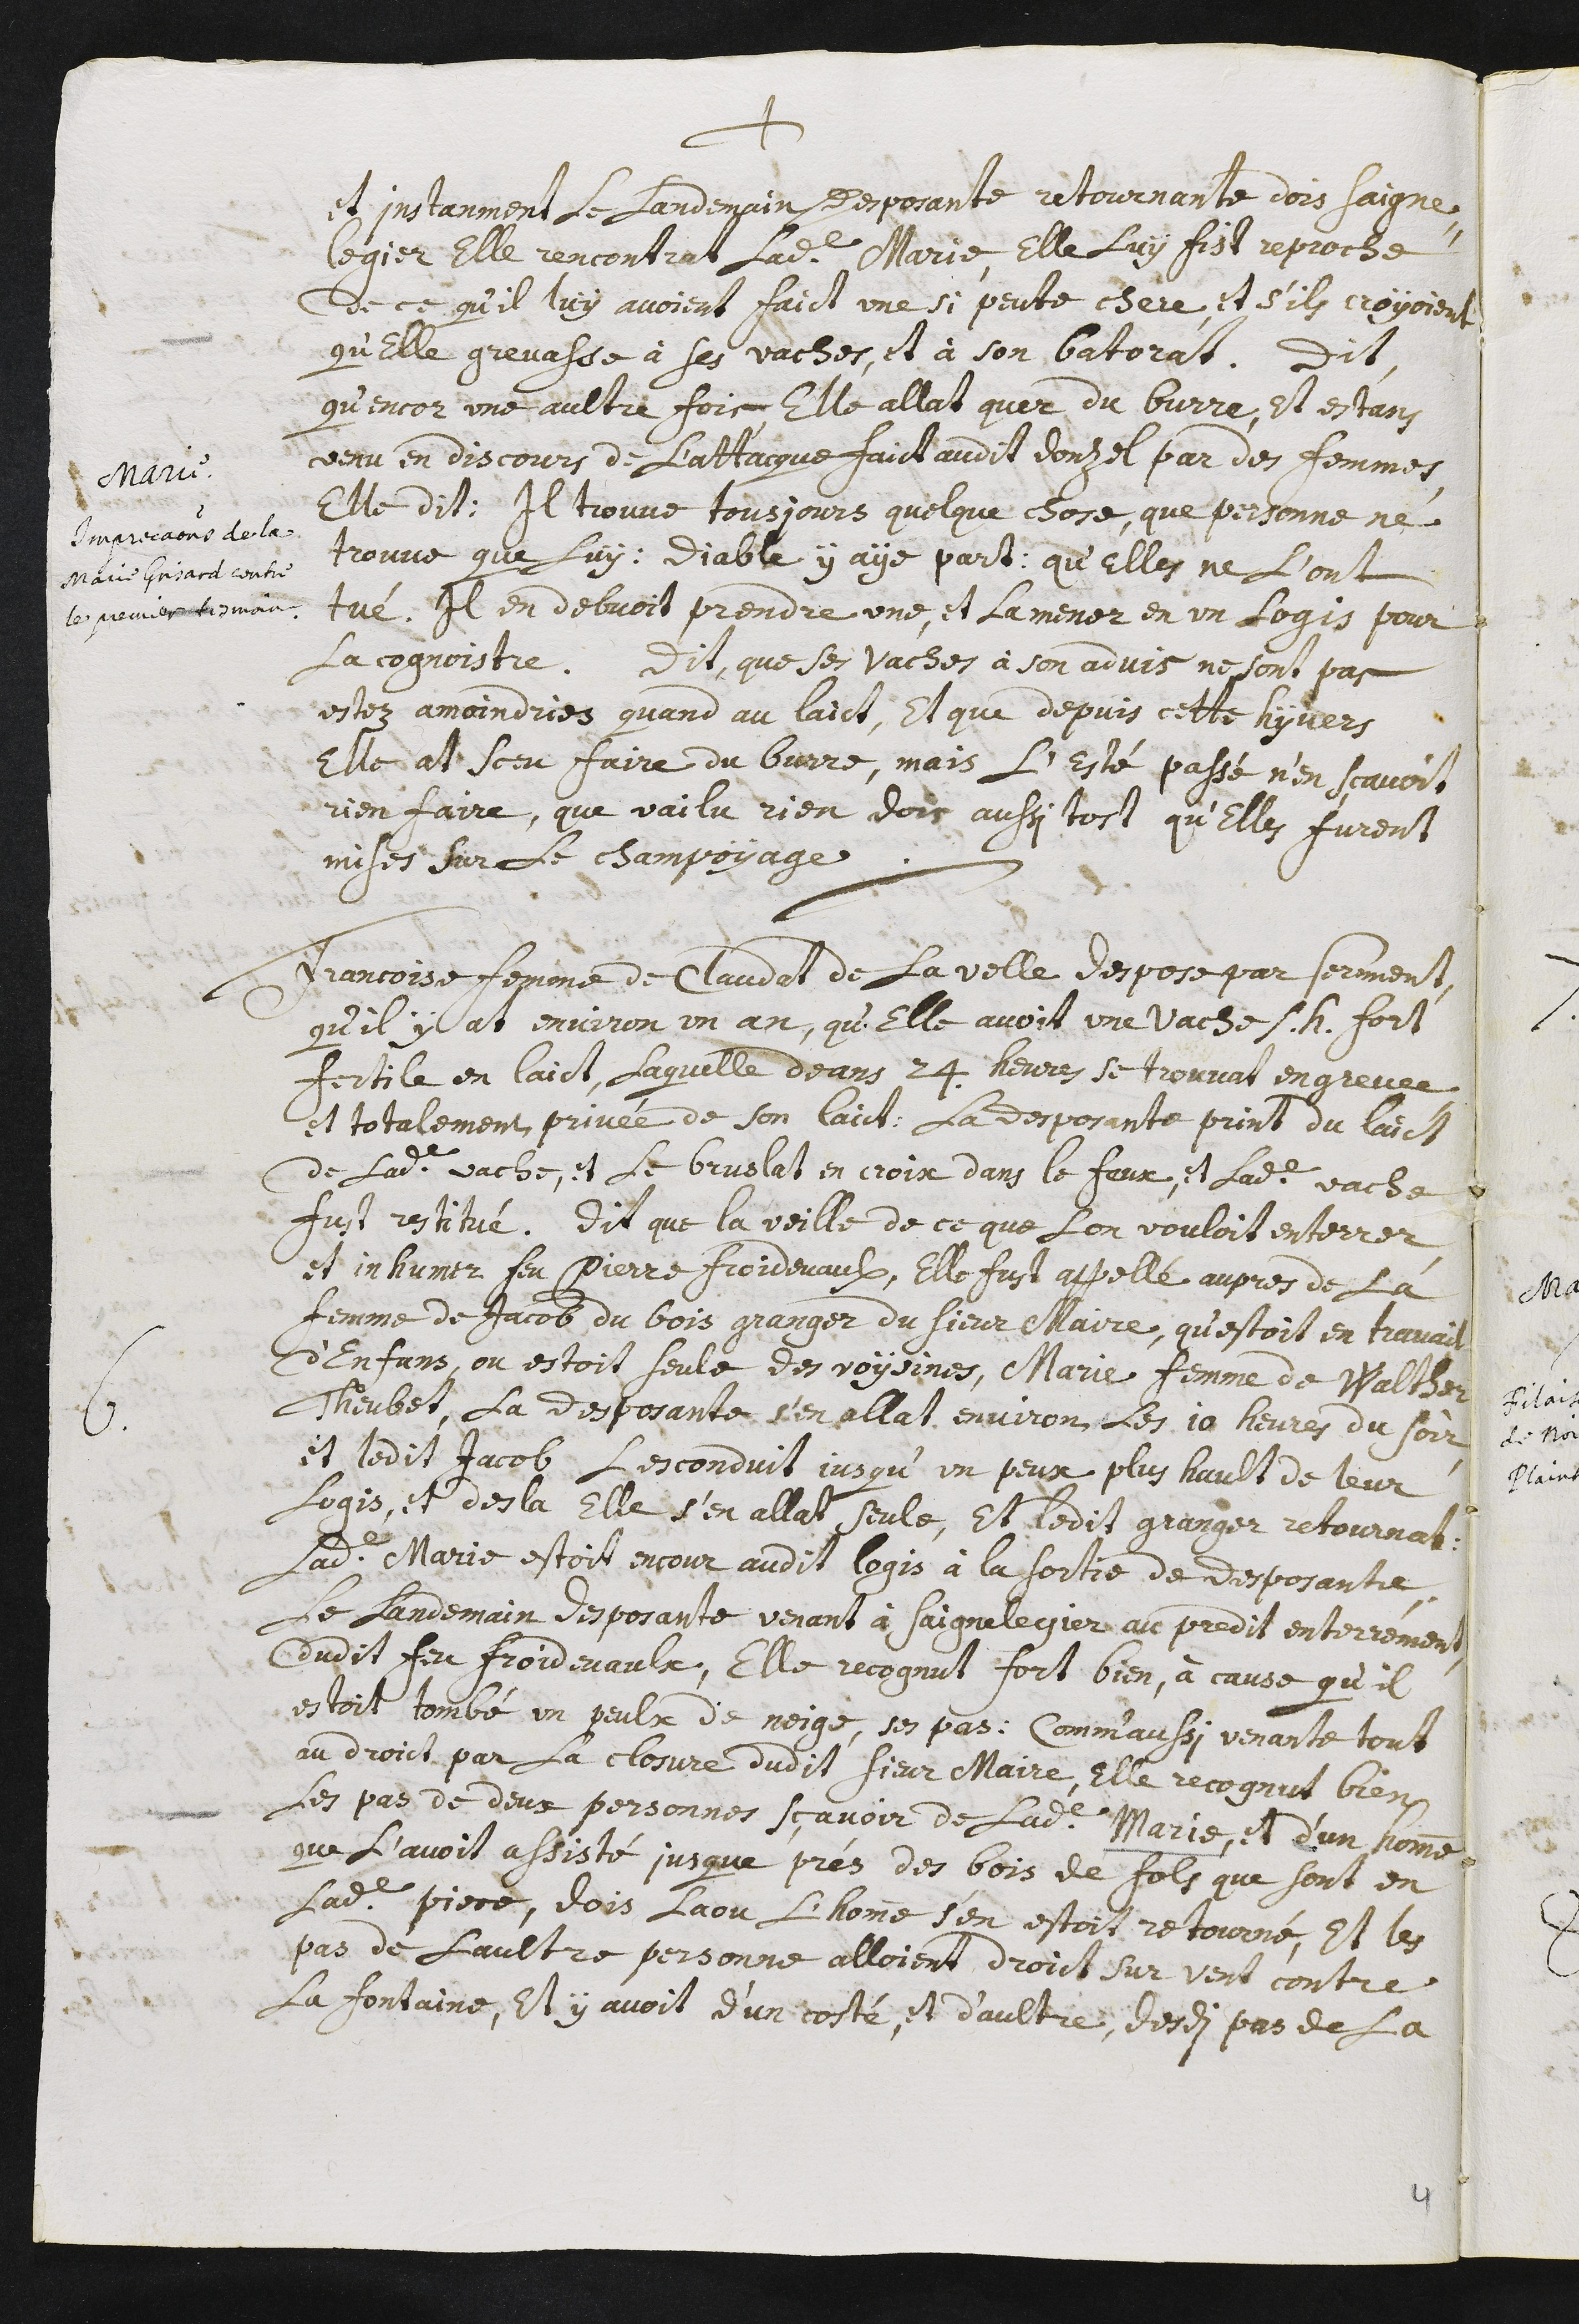
+
Marie
Imprecations de la
Marie Grisard contre
le premier tesmoin
et instanment le landemain desposante retournante dois Saigne-
legier elle rencontrat ladite Marie, elle luy fist reproche
de ce qu’il luy avoient faict une si peute chere, et s’ils croyoient
qu’elle grevasse à ses vaches, et à son batorat. Dit
qu’encor une aultre fois, elle allat quer du burre, et estans
venu en discours de l’attacque faict audit Donzel par des femmes
elle dit : Il trouve tousjours quelque chose, que personne ne
trouve que luy : Diable y aye part : qu’elles ne l’ont
tué. Il en debvoit prendre une, et la mener en un logis pour
la cognoistre. Dit, que ses vaches à son advis ne sont pas
estez amoindries quand au laict, et que depuis cette hyvers
elle at sceu faire du burre, mais l’esté passée n’en sçavoit
rien faire, que vailu rien dois aussi tost qu’elle furent
mises sur le champoyage.
6. Francoise femme de Claudat de la Velle despose par serment,
qu’il y at environ un an, qu’elle avoit une vache s.h. fort
fertile en laict, laquelle deans 24 heures se trouvat engrevée
et totalement privée de son laict. La desposante print du laict
de ladite vache, et le bruslat en crois dans le feux, et ladite vache
fust restitué. Dit que la veille de ce que l’on vouloit enterrer,
et inhumer feu Pierre Froidevaulx, elle fust appellé aupres de la
femme de Jacob du bois granger du sieur Maire, qu’estoit en travail
d’enfans, ou estoit seule des voysines, Marie femme de Walther
Theubet, la desposante s’en allat, environ les 10 heures du soir,
et ledit Jacob les conduit jusqu’un peux plus hault de leur
logis, et des la elle s’en allat seule, et ledit granger retournat.
Ladite Marie estoit encour audit logis à la sortie de desposante.
Le landemain desposante venant à Saignelegier au predit enterrement,
dudit feu Froidevaulx, elle recognut fort bien, à cause qu’il
estoit tombé un peulx de neige, ses pas : comm’aussi venante tout
au droict par la closure dudit sieur Maire, elle recognut bien
les pas de deux personnes sçavoir de ladite Marie, et d’un homme
que l’avoit assisté jusque prés des bois de fols que sont en
ladite Pierre, dois la ou l’homme s’en estoit retourné, et les
pas de l’aultre personne alloient droict sur vent contre
la fontaine, et y avoit d’un costé, et d’aultre, desdi pas de la